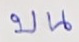
บน